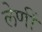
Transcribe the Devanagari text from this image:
लेणीं